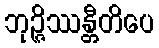
ဘုဉ္ဇိဿန္တီတိပေ